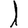
Digit: 1